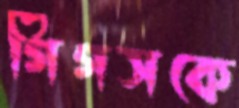
গিগসকে